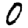
Digit: 0